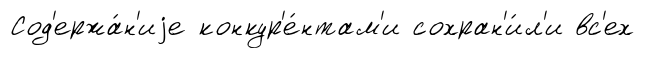
Сод'ержа́н'иjе конкур'е́нтам'и сохран'и́л'и вс'ех